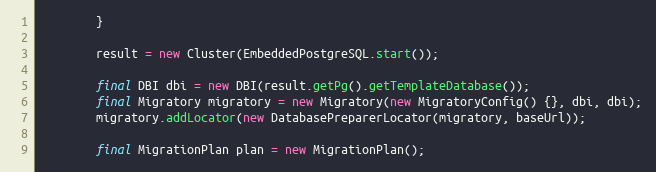
Language: Java
        }

        result = new Cluster(EmbeddedPostgreSQL.start());

        final DBI dbi = new DBI(result.getPg().getTemplateDatabase());
        final Migratory migratory = new Migratory(new MigratoryConfig() {}, dbi, dbi);
        migratory.addLocator(new DatabasePreparerLocator(migratory, baseUrl));

        final MigrationPlan plan = new MigrationPlan();